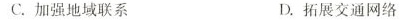
C.加强地域联系 D.拓展交通网络